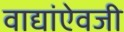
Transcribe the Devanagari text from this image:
वाद्यांऐवजी